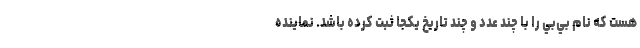
هست كه نام بي‌بي را با چند عدد و چند تاريخ يكجا ثبت كرده باشد. نماینده